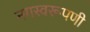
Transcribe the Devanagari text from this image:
नगस्वरूपणी